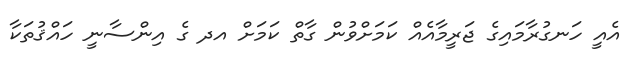
އެއީ ހަނގުރާމައިގެ ޖަރީމާއެއް ކަމަށްވުން ގާތް ކަމަށް އދ ގެ އިންސާނީ ހައްޤުތަކާ